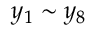
y _ { 1 } \sim y _ { 8 }